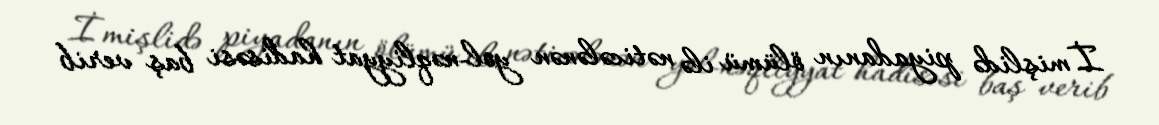
İmişlidə piyadanın ölümü ilə nəticələnən yol-nəqliyyat hadisəsi baş verib